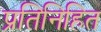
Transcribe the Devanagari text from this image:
प्रतिनिहित